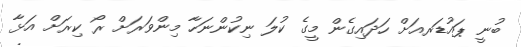
ބުނީ ޕައުޑަރއަށް ހަދައިގެން މީގެ ކުލަ ނިކުންނަހާ މިންވަރަށް ރޯ ކިރަށް އަޅާ